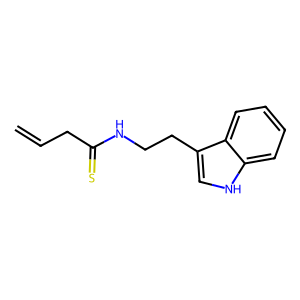
SMILES: C=CCC(=S)NCCc1c[nH]c2ccccc12
Inhibits HIV replication: No